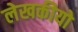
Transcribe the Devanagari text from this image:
लेखकीयो